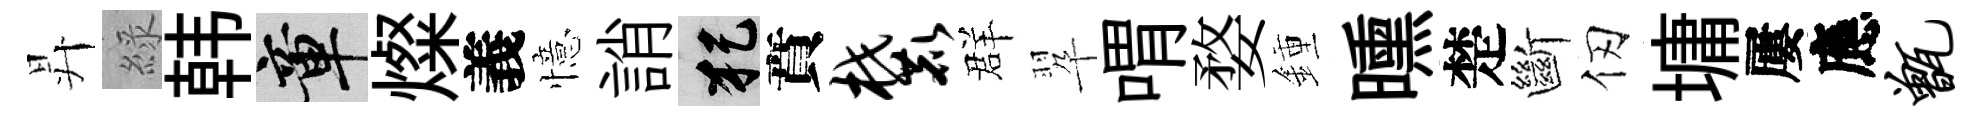
昇綠韩章燦義憶誚犯賁麓群翆喟婺鍾曛楚斷仞墉屢應甑